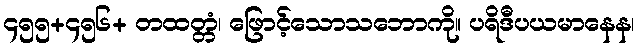
၄၅၅+၄၅၆+ တထတ္တံ၊ ဖြောင့်သောသဘောကို။ ပရိဒီပယမာနေန၊